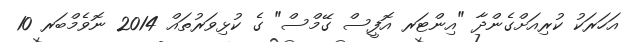
އަހަރަކު ކުރިއަށްގެންދާ "އިންޓަރ އޮފީސް ގޭމްސް" ގެ ކުޅިވަރުތައް 2014 ނޮވެމްބަރ 10